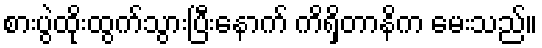
စားပွဲထိုးထွက်သွားပြီးနောက် ကိရှိတာနိက မေးသည်။